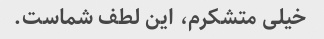
خیلی متشکرم، این لطف شماست.